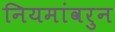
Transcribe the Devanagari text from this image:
नियमांवरुन